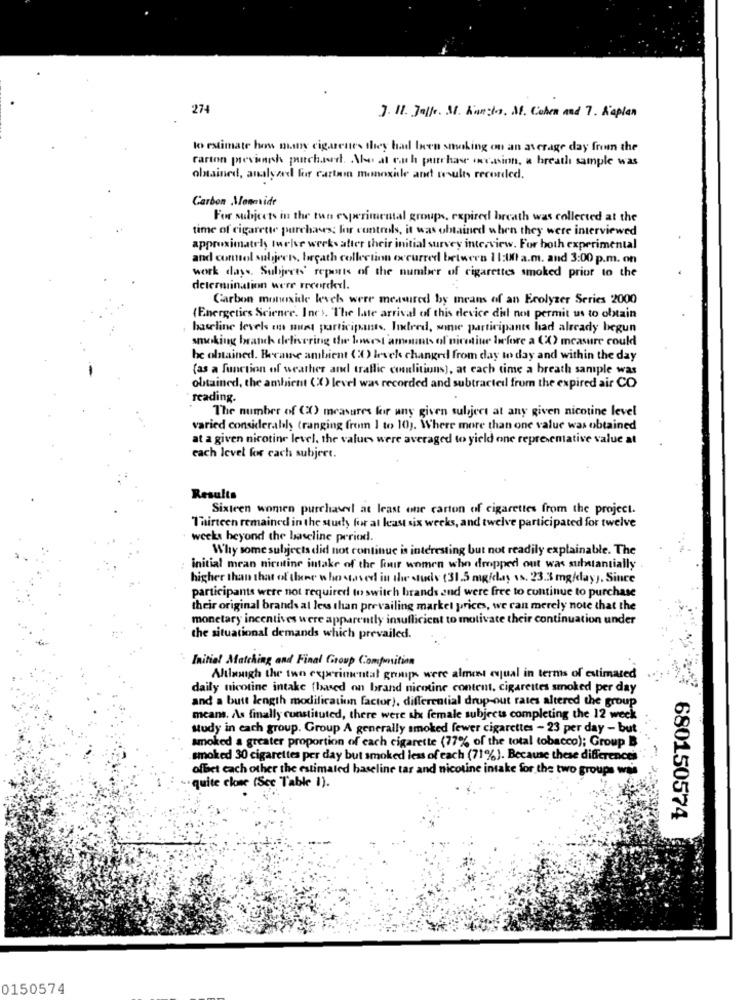
274
J. Il. Jaff. M. Kurto. M. Cohen and 7. Kaplan
to estimate how many cigarettes they had been smoking on an average day from the
carton prevanish purchased. Aleat each purchase occasion, a breath sample was
obtained, analyzed for cartoon monoxide and results recorded.
Carbon Monevide
For subjects in the tun experimental groups, expired breath was collected at the
time of cigarette purchases; for controls, it was obtained when they were interviewed
approximately twelve werks atter their initial survey interview. For both experimental
and control subjects, breath collection excurred between 11:00 a.m. and 3:00 p.m. on
work days. Subject' reports of the number of cigarettes smoked prior to the
determination werr rrcorckerl.
Carbon monoxide levels were measured by means of an Erolyzer Series 2000
(Energetics Science. Inc), The late arrival of this device did not permit us to obtain
baseline levels on mint participants. Indeed, wie participants had already begun
smoking branch delivering the lowest amounts of nicotine before a (X) measure could
be obtained. Became ambient (O) levek changed from day to day and within the day
(as a function of weather and traffic coalitions), at each time a breath sample was
obtained, the ambient (X) level was recorded and subtractedl from the expired air CO
reading.
The number of (X) measures for any given subject at any given nicotine level
varied considerably (ranging from 1 to 10). Where more than one value was obtained
at a given nicotine level. the values were averaged to yield one representative value at
each level for cach subject.
Results
Sixteen women purchaseel at least one carton of cigarettes from the project.
Thirteen remained in the study for at least six weeks, and twelve participated for twelve
weeks beyond the baseline period.
Why some subjects did not continue is interesting but not readily explainable. The
initial mean nirutine intake of the four women who dropped out was substantially
higher than that of theme who saved in the study (315 mg/day vs. 23.3 mg/day), Since
participants were not required to switch brands and were free to continue to purchase
their original brands al less than prevailing market prices, we can merely note that the
monetary incentives were apparently insufficient to motivate their continuation under
the situational demands which prevailed.
Initial Matching and Final Group Composition
Allasigh the two experimental groups were almost equal in terms of estimated
daily nicotine intake [based on brand nicotine content, cigarettes smoked per day
and a butt length modification factor), differential drop-out rates altered the group
means. As finally constituted, there were she female subjects completing the 12 week
study in each group. Group A generally smoked fewer cigarettes - 23 per day - but
smoked a greater proportion of each cigarette (77% of the total tobacco); Group B
smoked 30 cigarettes per day but smoked less of each (71%). Because these differences".
-
offset each other the estimated baseline tar and nicotine intake for the two groups was
quite clue (Scc Table 1).
680150574
0150574